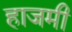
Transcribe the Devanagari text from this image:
हाजमी